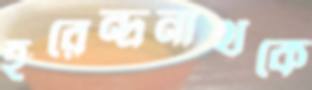
হরেন্দ্রনাথকে